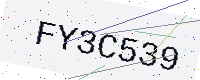
Text: FY3C539